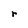
Character: r